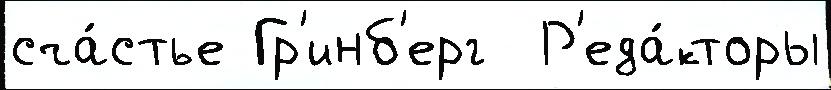
сча́стье Гр'инб'ерг  Р'еда́кторы